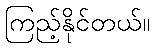
ကြည့်နိုင်တယ်။